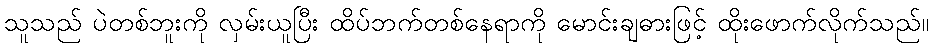
သူသည် ပဲတစ်ဘူးကို လှမ်းယူပြီး ထိပ်ဘက်တစ်နေရာကို မောင်းချဓားဖြင့် ထိုးဖောက်လိုက်သည်။